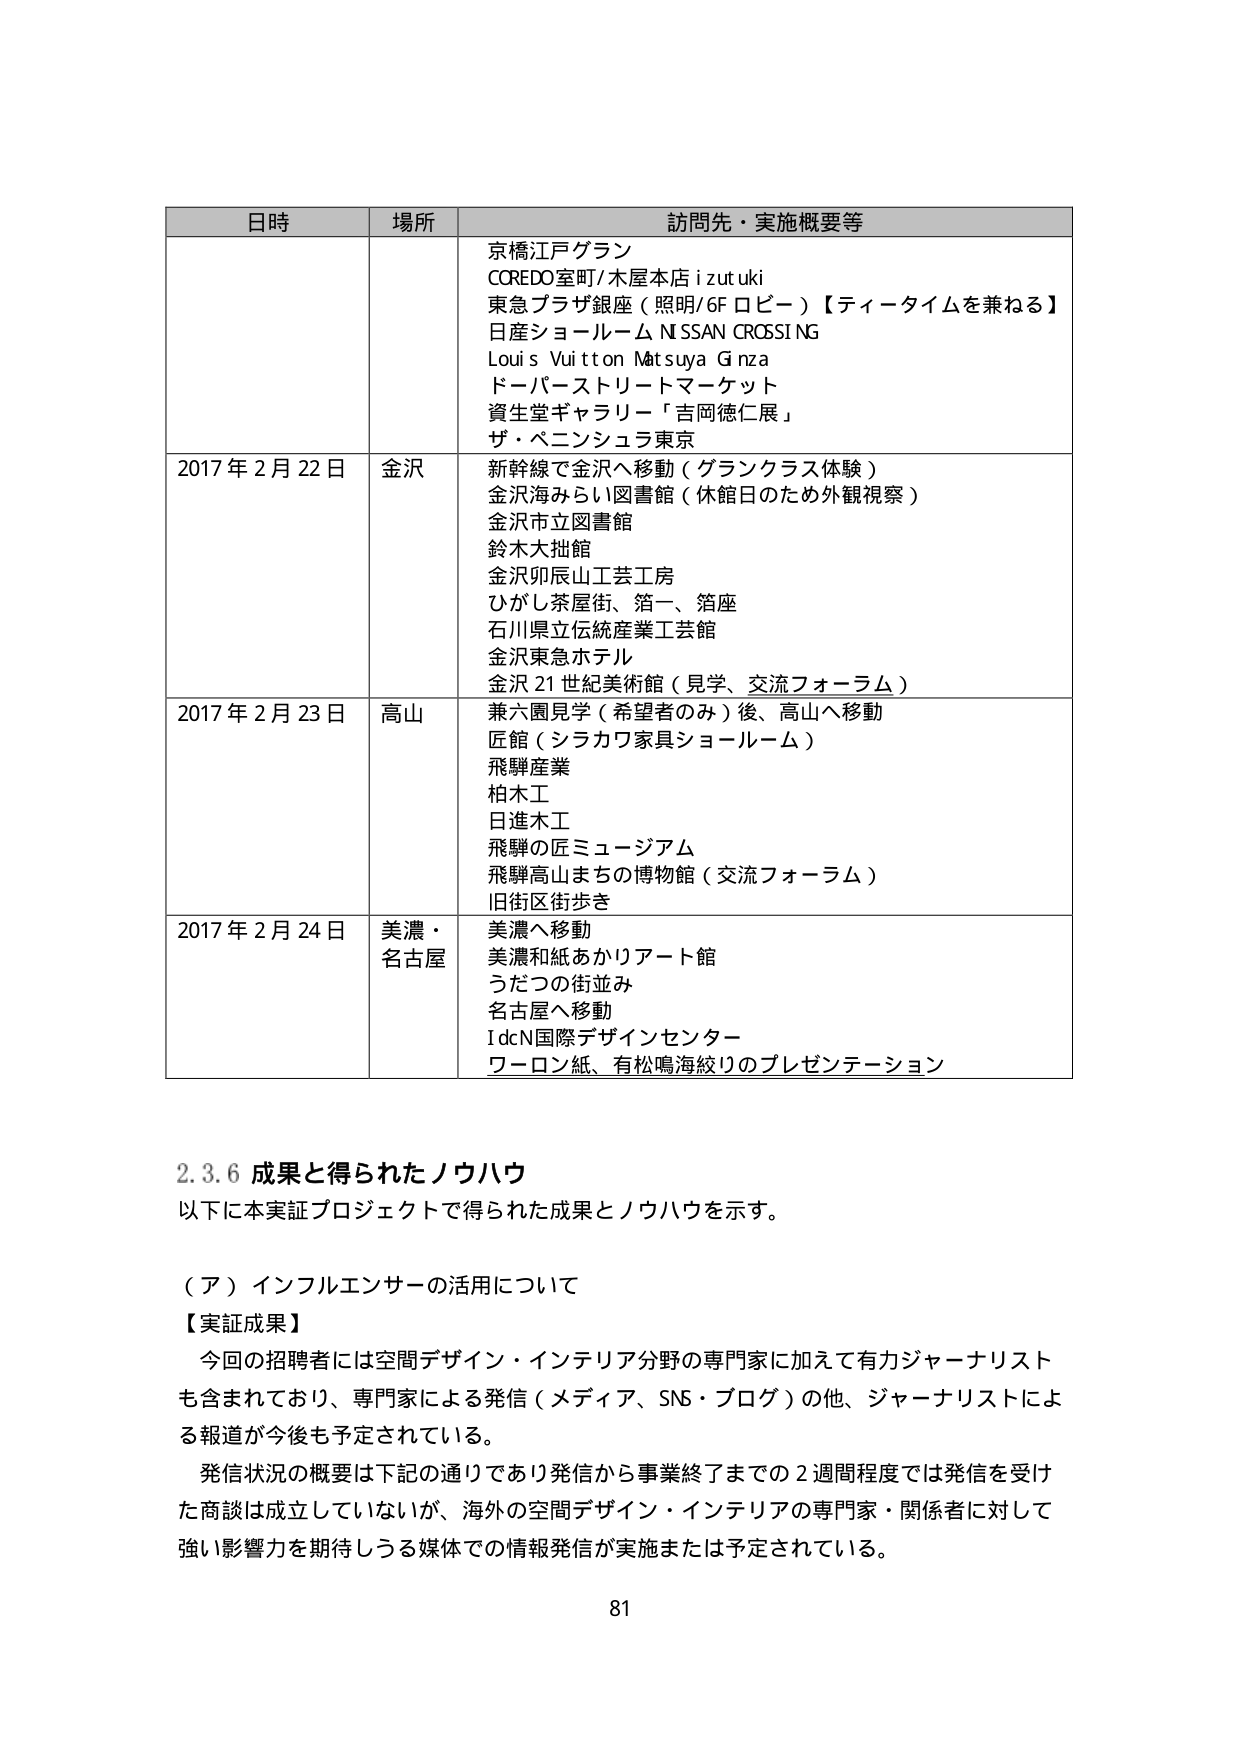
日時 場所 訪問先・実施概要等
京橋江戸グラン
COREDO室町/木屋本店 izutuki
東急プラザ銀座（照明/6F ロビー）【ティータイムを兼ねる】
日産ショールームNISSAN CROSSING
Louis Vuitton Matsuya Ginza
ドーパーストリートマーケット
資生堂ギャラリー「吉岡徳仁展」
ザ・ベニンシュラ東京
2017年2月22日 金沢 新幹線で金沢へ移動（グランクラス体験）
金沢海みらい図書館（休館日のため外観視察）
金沢市立図書館
鈴木大拙館
金沢卯辰山工芸工房
ひがし茶屋街、箔一、箔座
石川県立伝統産業工芸館
金沢東急ホテル
金沢21世紀美術館（見学、交流フォーラム）
2017年2月23日 高山 兼六園見学（希望者のみ）後、高山へ移動
匠館（シラカワ家具ショールーム）
飛騨産業
柏木工
日進木工
飛騨の匠ミュージアム
飛騨高山まちの博物館（交流フォーラム）
旧街区街歩き
2017年2月24日 美濃・ 美濃へ移動
名古屋 美濃和紙あかりアート館
うだつの街並み
名古屋へ移動
IdCN国際デザインセンター
ワーロン紙、有松鳴海絞りのプレゼンテーション

2.3.6 成果と得られたノウハウ
以下に本実証プロジェクトで得られた成果とノウハウを示す。

（ア）インフルエンサーの活用について
【実証成果】
今回の招聘者には空間デザイン・インテリア分野の専門家に加えて有力ジャーナリスト
も含まれており、専門家による発信（メディア、SNS・ブログ）の他、ジャーナリストによ
る報道が今後も予定されている。
発信状況の概要は下記の通りであり発信から事業終了までの2週間程度では発信を受け
た商談は成立していないが、海外の空間デザイン・インテリアの専門家・関係者に対して
強い影響力を期待しうる媒体での情報発信が実施または予定されている。
81